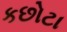
કછોટા